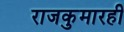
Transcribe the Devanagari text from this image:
राजकुमारही